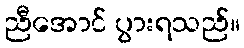
ညီအောင် ပွားရသည်။